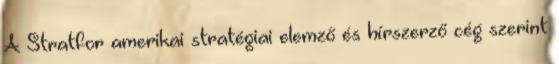
A Stratfor amerikai stratégiai elemző és hírszerző cég szerint